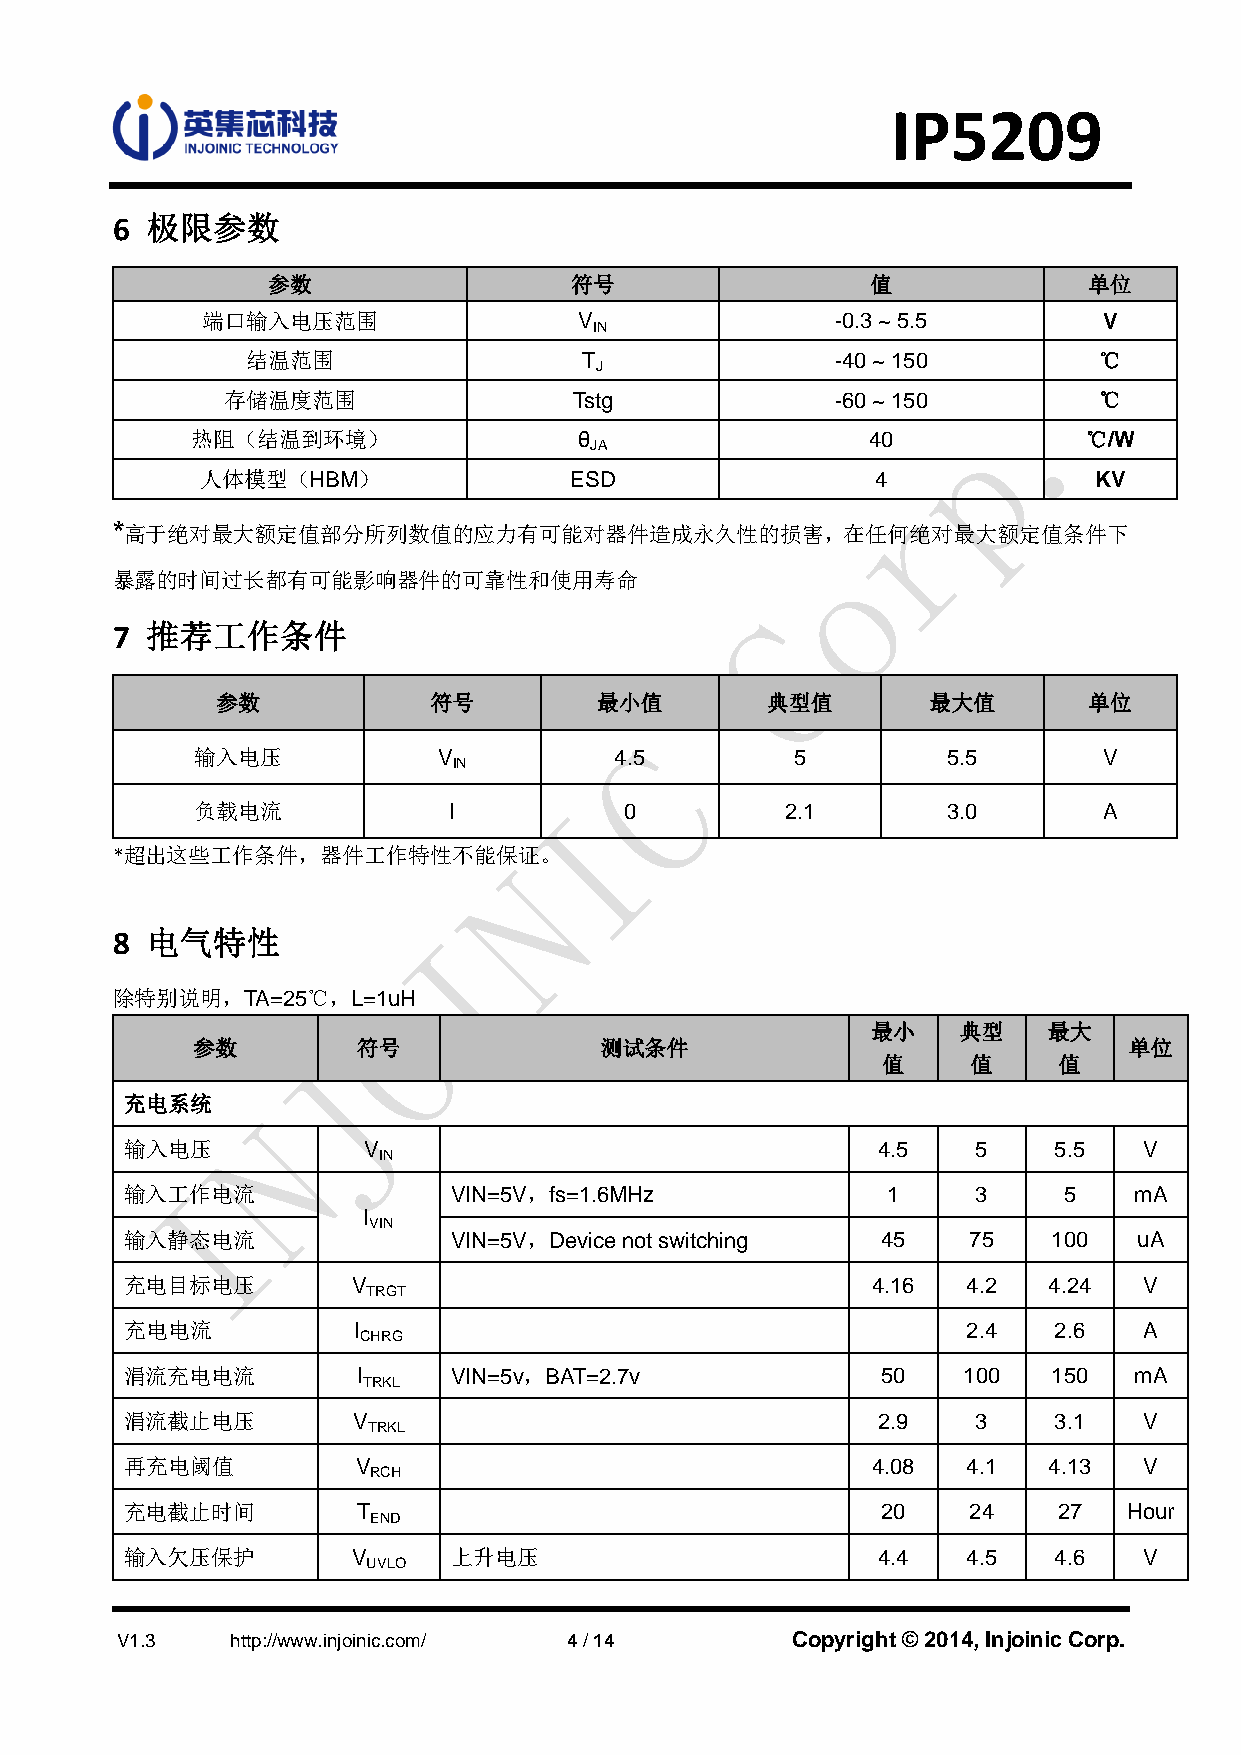
IP5209
 6  极限参数
 参数                  符号                  值             单位
 端口输入电压范围                 V                -0.3 ~ 5.5        V
 IN
 结温范围                   T               -40 ~ 150         ℃
 J
 存储温度范围                 Tstg             -60 ~ 150         ℃
 热阻（结温到环境）                θ                  40             ℃/W
 JA
 人体模型（HBM）                ESD                 4             KV
 *高于绝对最大额定值部分所列数值的应力有可能对器件造成永久性的损害，在任何绝对最大额定值条件下
 暴露的时间过长都有可能影响器件的可靠性和使用寿命
 7  推荐工作条件
 参数            符号         最小值         典型值       最大值        单位
 输入电压            V           4.5         5         5.5       V
 IN
 负载电流             I          0          2.1        3.0       A
 *超出这些工作条件，器件工作特性不能保证。
 8  电气特性
 除特别说明，TA=25℃，L=1uH
 最小   典型    最大
 参数         符号              测试条件                               单位
 值     值     值
 充电系统
 输入电压            V                                 4.5    5    5.5   V
 IN
 输入工作电流                VIN=5V，fs=1.6MHz             1     3    5    mA
 I
 VIN
 输入静态电流                VIN=5V，Device not switching 45    75    100  uA
 充电目标电压         V                                  4.16  4.2  4.24   V
 TRGT
 充电电流           I                                        2.4   2.6   A
 CHRG
 涓流充电电流          I     VIN=5v，BAT=2.7v             50    100   150  mA
 TRKL
 涓流截止电压         V                                  2.9    3    3.1   V
 TRKL
 再充电阈值           V                                 4.08  4.1  4.13   V
 RCH
 充电截止时间          T                                 20    24    27   Hour
 END
 输入欠压保护         V      上升电压                        4.4   4.5   4.6   V
 UVLO
 V1.3   http://www.injoinic.com/ 4 / 14      Copyright © 2014, Injoinic Corp.